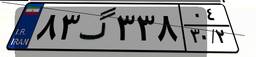
۸۳گ۳۳۸۰۴